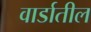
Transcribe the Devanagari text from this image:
वार्डातील